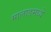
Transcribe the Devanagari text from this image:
मालाडमध्ये